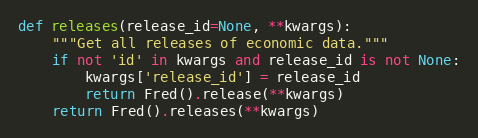
Language: Python
def releases(release_id=None, **kwargs):
    """Get all releases of economic data."""
    if not 'id' in kwargs and release_id is not None:
        kwargs['release_id'] = release_id
        return Fred().release(**kwargs)
    return Fred().releases(**kwargs)